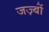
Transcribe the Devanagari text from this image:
जज़्बों